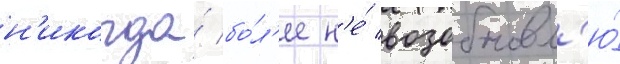
н'икогда́ бо́л'ее н'е́ возобновл'ю́